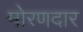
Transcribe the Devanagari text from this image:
मोरणदार